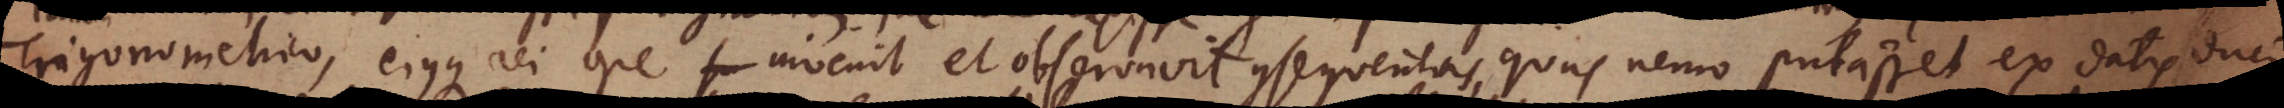
Trigonometrico, ejusque rei ope invenit et observavit consequentias, quas nemo putasset ex datis duci